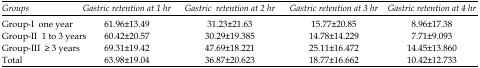
<table><thead><tr><td><b>Groups</b></td><td><b>Gastric retention at 1 hr</b></td><td><b>Gastric retention at 2 hr</b></td><td><b>Gastric retention at 3 hr</b></td><td><b>Gastric retention at 4 hr</b></td></tr></thead><tbody><tr><td>Group-I one year</td><td>61.96±13.49</td><td>31.23±21.63</td><td>15.77±20.85</td><td>8.96±17.38</td></tr><tr><td>Group-II 1 to 3 years</td><td>60.42±20.57</td><td>30.29±19.385</td><td>14.78±14.229</td><td>7.71±9.093</td></tr><tr><td>Group-III ≥ 3 years</td><td>69.31±19.42</td><td>47.69±18.221</td><td>25.11±16.472</td><td>14.45±13.860</td></tr><tr><td>Total</td><td>63.98±19.04</td><td>36.87±20.623</td><td>18.77±16.662</td><td>10.42±12.733</td></tr></tbody></table>